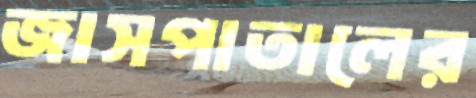
জাসপাতালের